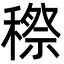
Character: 穄